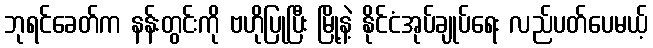
ဘုရင်ခေတ်က နန်းတွင်းကို ဗဟိုပြုပြီး မြို့နဲ့ နိုင်ငံအုပ်ချုပ်ရေး လည်ပတ်ပေမယ့်